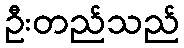
ဦးတည်သည်